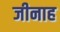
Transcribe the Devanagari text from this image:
जीनाह